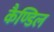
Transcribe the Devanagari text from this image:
कैण्डिल